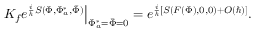
\left. K _ { f } e ^ { { \frac { i } { \hbar } } S ( \Phi , \Phi _ { a } ^ { * } , \bar { \Phi } ) } \right| _ { \Phi _ { a } ^ { * } = \bar { \Phi } = 0 } = e ^ { { \frac { i } { \hbar } } [ S ( F ( \Phi ) , 0 , 0 ) + O ( \hbar ) ] } .